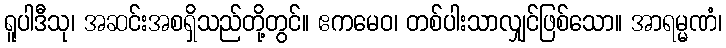
ရူပါဒီသု၊ အဆင်းအစရှိသည်တို့တွင်။ ဧကမေဝ၊ တစ်ပါးသာလျှင်ဖြစ်သော။ အာရမ္မဏံ၊